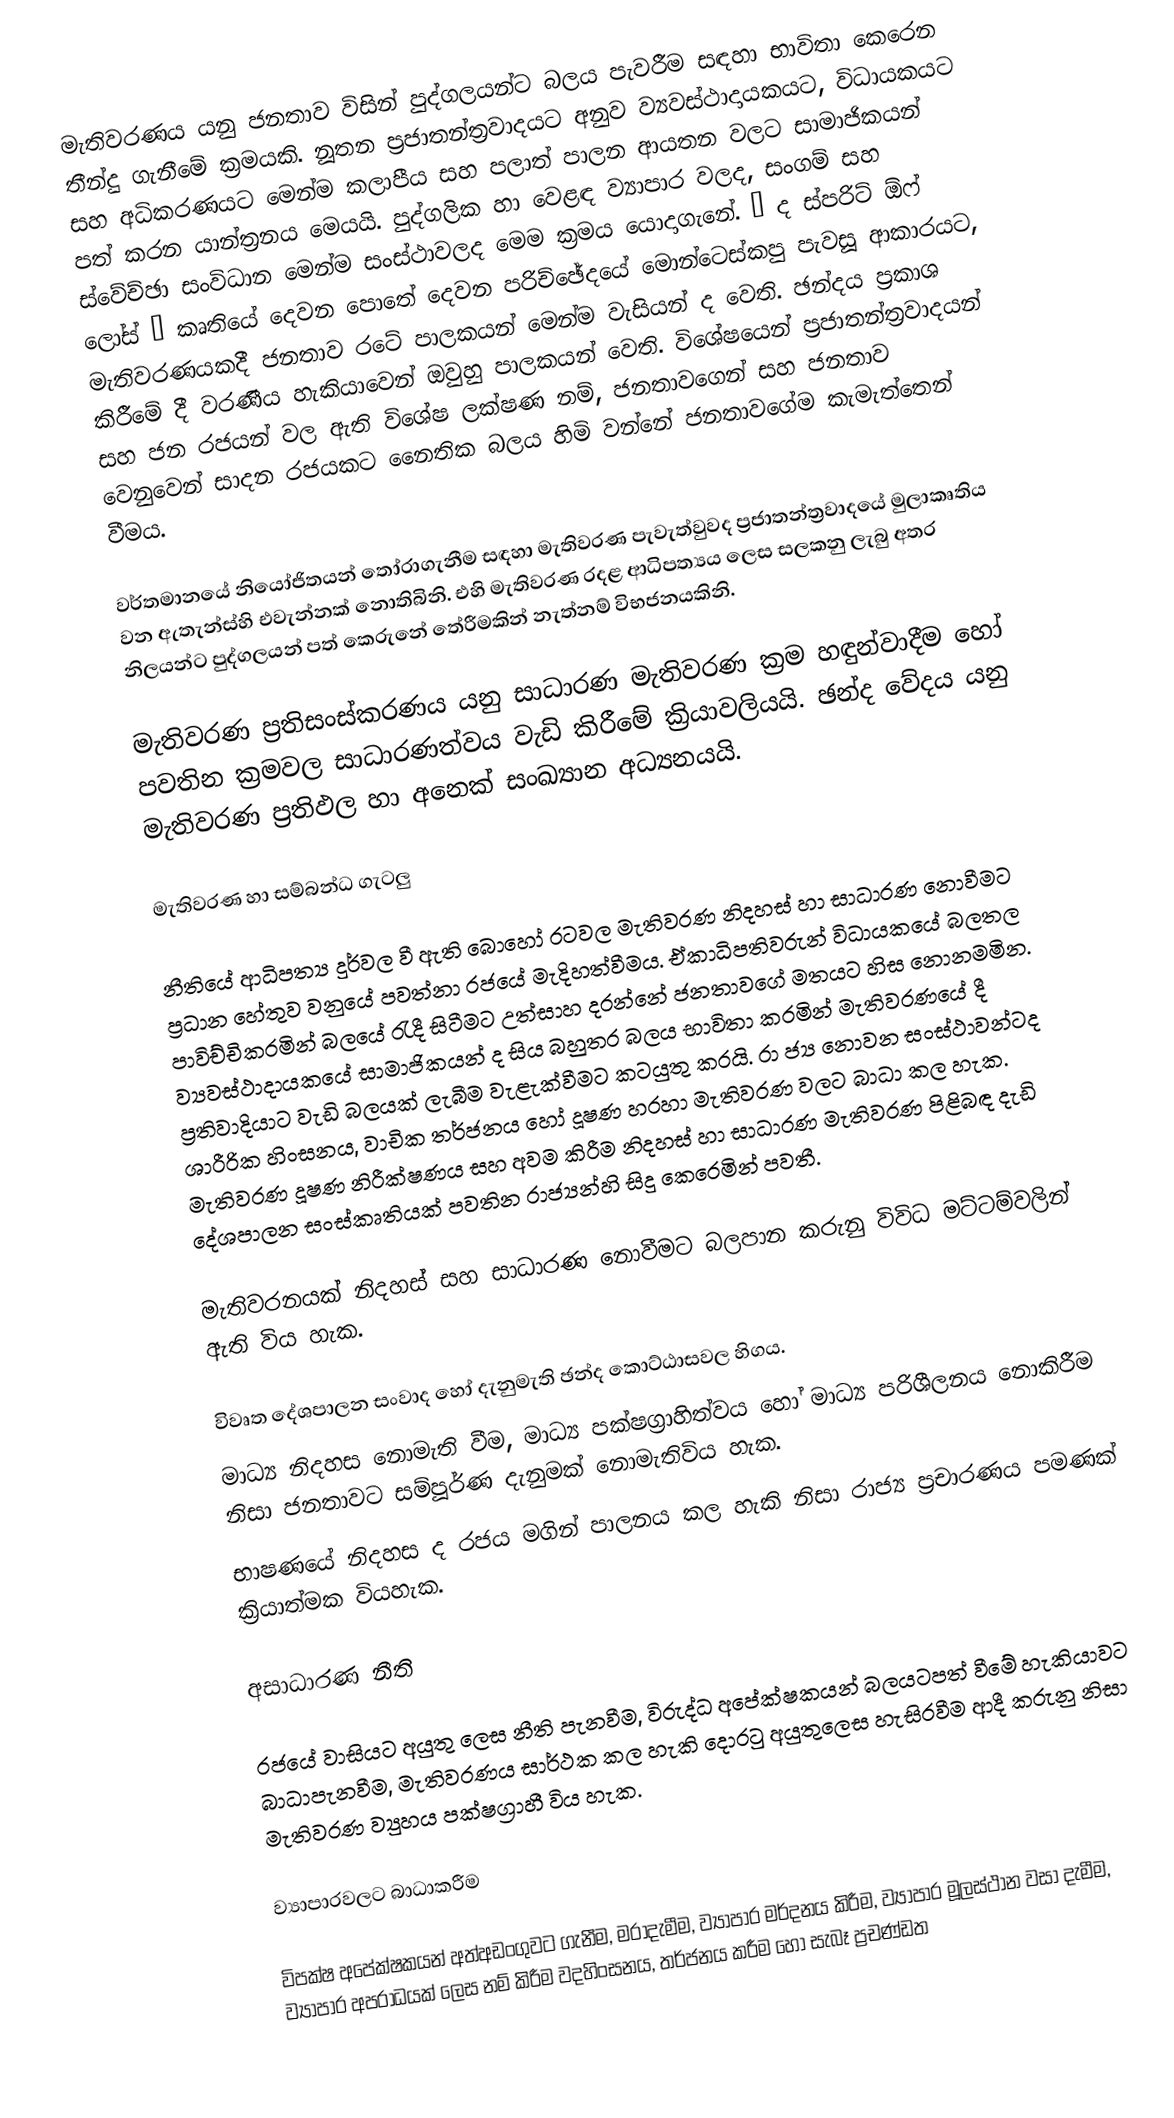
මැතිවරණය යනු ජනතාව විසින් පුද්ගලයන්ට බලය පැවරීම සඳහා භාවිතා කෙරෙන තීන්දු ගැනීමේ ක්‍රමයකි. නූතන ප්‍රජාතන්ත්‍රවාදයට අනුව ව්‍යවස්ථාදායකයට, විධායකයට සහ අධිකරණයට මෙන්ම කලාපීය සහ පලාත් පාලන ආයතන වලට සාමාජිකයන් පත් කරන යාන්ත්‍රනය මෙයයි. පුද්ගලික හා වෙළඳ ව්‍යාපාර වලද, සංගම් සහ ස්වේච්ඡා සංවිධාන මෙන්ම සංස්ථාවලද මෙම ක්‍රමය යොදාගැනේ. “ ද ස්පරිට් ඕෆ් ලෝස් ” කෘතියේ දෙවන පොතේ දෙවන පරිච්ඡේදයේ මොන්ටෙස්කපු පැවසූ ආකාරයට, මැතිවරණයකදී ජනතාව රටේ පාලකයන් මෙන්ම වැසියන් ද වෙති. ඡන්දය ප්‍රකාශ කිරීමේ දී වරණීය හැකියාවෙන් ඔවුහු පාලකයන් වෙති. විශේෂයෙන් ප්‍රජාතන්ත්‍රවාදයන් සහ ජන රජයන් වල ඇති විශේෂ ලක්ෂණ නම්, ජනතාවගෙන් සහ ජනතාව වෙනුවෙන් සාදන රජයකට නෛතික බලය හිමි වන්නේ ජනතාවගේම කැමැත්තෙන් වීමය.

වර්තමානයේ නියෝජිතයන් තෝරාගැනීම සඳහා මැතිවරණ පැවැත්වුවද  ප්‍රජාතන්ත්‍රවාදයේ මුලාකෘතිය වන ඇතැන්ස්හි එවැන්නක් නොතිබිනි. එහි මැතිවරණ රදළ ආධිපත්‍යය ලෙස සලකනු  ලැබු අතර නිලයන්ට පුද්ගලයන් පත් කෙරුනේ තේරීමකින් නැත්නම් විභජනයකිනි.

මැතිවරණ ප්‍රතිසංස්කරණය  යනු සාධාරණ මැතිවරණ ක්‍රම හඳුන්වාදීම හෝ පවතින ක්‍රමවල සාධාරණත්වය වැඩි කිරීමේ ක්‍රියාවලියයි. ඡන්ද වේදය යනු මැතිවරණ ප්‍රතිඵල හා අනෙක් සංඛ්‍යාන අධ්‍යනයයි.

මැතිවරණ හා සම්බන්ධ ගැටලු

නීතියේ ආධිපත්‍ය දුර්වල වී ඇති බොහෝ රටවල මැතිවරණ නිදහස් හා සාධාරණ නොවීමට ප්‍රධාන හේතුව වනුයේ පවත්නා රජයේ මැදිහත්වීමය. ඒකාධිපතිවරුන් විධායකයේ බලතල පාවිච්චිකරමින් බලයේ රැදී සිටීමට උත්සාහ දරන්නේ ජනතාවගේ මතයට හිස නොනමමින. ව්‍යවස්ථාදායකයේ සාමාජිකයන් ද සිය බහුතර බලය භාවිතා කරමින් මැතිවරණයේ දී ප්‍රතිවාදියාට වැඩි බලයක් ලැබීම වැළැක්වීමට කටයුතු කරයි. රා ජ්‍ය නොවන සංස්ථාවන්ටද ශාරීරික හිංසනය, වාචික තර්ජනය හෝ දූෂණ හරහා මැතිවරණ වලට බාධා කල හැක. මැතිවරණ දූෂණ නිරීක්ෂණය සහ අවම කිරීම නිදහස් හා සාධාරණ මැතිවරණ පිළිබඳ දැඩි දේශපාලන සංස්කෘතියක් පවතින රාජ්‍යන්හි සිදු කෙරෙමින් පවතී.

මැතිවරනයක් නිදහස් සහ සාධාරණ නොවීමට බලපාන කරුනු විවිධ මට්ටම්වලින් ඇති විය හැක.

විවෘත දේශපාලන සංවාද හෝ දැනුමැති ඡන්ද කොට්ඨාසවල හිගය.
මාධ්‍ය නිදහස නොමැති වීම, මාධ්‍ය පක්ෂග්‍රාහිත්වය හෝ මාධ්‍ය පරිශීලනය නොකිරීම නිසා ජනතාවට සම්පූර්ණ දැනුමක් නොමැතිවිය හැක.
භාෂණයේ නිදහස ද රජය මගින් පාලනය කල හැකි නිසා රාජ්‍ය ප්‍රචාරණය පමණක් ක්‍රියාත්මක වියහැක.

අසාධාරණ නීති

රජයේ වාසියට අයුතු ලෙස නීති පැනවීම, විරුද්ධ අපේක්ෂකයන් බලයටපත් වීමේ හැකියාවට බාධාපැනවීම, මැතිවරණය සාර්ථක කල හැකි දොරටු අයුතුලෙස හැසිරවීම ආදී කරුනු නිසා මැතිවරණ ව්‍යුහය පක්ෂග්‍රාහී විය හැක.

ව්‍යාපාරවලට බාධාකරීම

විපක්ෂ අපේක්ෂකයන් අත්අඩංගුවට ගැනීම, මරාදැමීම, ව්‍යාපාර මර්දනය කිරීම, ව්‍යාපාර මූලස්ථාන වසා දැමීම, ව්‍යාපාර අපරාධයක් ලෙස නම් කිරීම වදහිංසනය, තර්ජනය කරීම හෝ සැබෑ ප්‍රචණ්ඩත